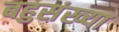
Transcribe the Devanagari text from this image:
बहुसंख्‍या